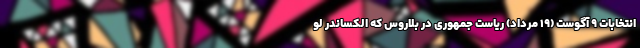
انتخابات ۹ آگوست (۱۹ مرداد) ریاست جمهوری در بلاروس که الکساندر لو